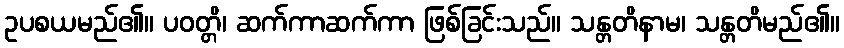
ဥပစယမည်၏။ ပဝတ္တိ၊ ဆက်ကာဆက်ကာ ဖြစ်ခြင်းသည်။ သန္တတိနာမ၊ သန္တတိမည်၏။